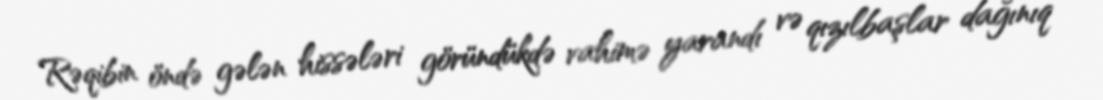
Rəqibin öndə gələn hissələri göründükdə vahimə yarandı və qızılbaşlar dağınıq